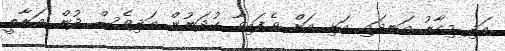
އަދި މިހާރު އަނދައި އަޅި އަށް ވެފައިވާ ގުދަނުން އަދިވެސް ދުން އަރާތީ